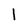
Character: l